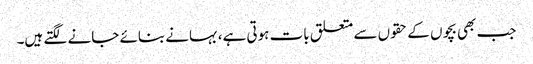
جب بھی بچوں کے حقوں سے متعلق بات ہوتی ہے،بہانے بنائے جانے لگتے ہیں۔